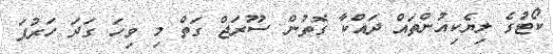
ކޯޓުގެ ލިޔެކިއުންތައް ދައްކާ ގޮތުން ސޫރަޖް ގަތް މި ވިހަ ގަދަ ހަރުފަ